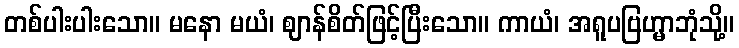
တစ်ပါးပါးသော။ မနော မယံ၊ ဈာန်စိတ်ဖြင့်ပြီးသော။ ကာယံ၊ အရူပဗြဟ္မာဘုံသို့။